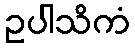
ဥပါသိကံ